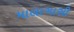
માલાગાસી